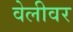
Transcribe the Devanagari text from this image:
वेलीवर